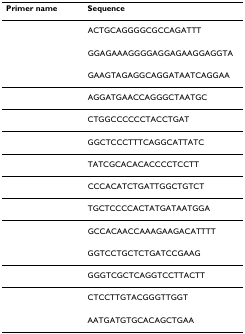
<table><thead><tr><td><b>Primer name</b></td><td><b>Sequence</b></td></tr></thead><tbody><tr><td>[EMPTY_CELL]</td><td>ACTGCAGGGGCGCCAGATTT</td></tr><tr><td>[EMPTY_CELL]</td><td>GGAGAAAGGGGAGGAGAAGGAGGTA</td></tr><tr><td>[EMPTY_CELL]</td><td>GAAGTAGAGGCAGGATAATCAGGAA</td></tr><tr><td>[EMPTY_CELL]</td><td>AGGATGAACCAGGGCTAATGC</td></tr><tr><td>[EMPTY_CELL]</td><td>CTGGCCCCCCTACCTGAT</td></tr><tr><td>[EMPTY_CELL]</td><td>GGCTCCCTTTCAGGCATTATC</td></tr><tr><td>[EMPTY_CELL]</td><td>TATCGCACACACCCCTCCTT</td></tr><tr><td>[EMPTY_CELL]</td><td>CCCACATCTGATTGGCTGTCT</td></tr><tr><td>[EMPTY_CELL]</td><td>TGCTCCCCACTATGATAATGGA</td></tr><tr><td>[EMPTY_CELL]</td><td>GCCACAACCAAAGAAGACATTTT</td></tr><tr><td>[EMPTY_CELL]</td><td>GGTCCTGCTCTGATCCGAAG</td></tr><tr><td>[EMPTY_CELL]</td><td>GGGTCGCTCAGGTCCTTACTT</td></tr><tr><td>[EMPTY_CELL]</td><td>CTCCTTGTACGGGTTGGT</td></tr><tr><td>[EMPTY_CELL]</td><td>AATGATGTGCACAGCTGAA</td></tr></tbody></table>